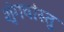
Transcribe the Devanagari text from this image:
शृंगवांस्तु